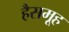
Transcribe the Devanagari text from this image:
हैसमूह